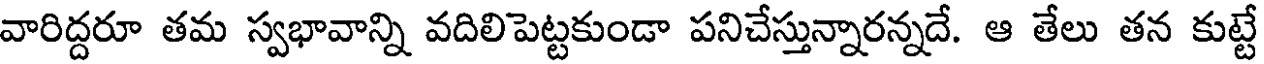
వారిద్దరూ తమ స్వభావాన్ని వదిలిపెట్టకుండా పనిచేస్తున్నారన్నదే. ఆ తేలు తన కుట్టే